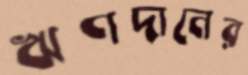
ঋণদানের